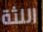
اللثة